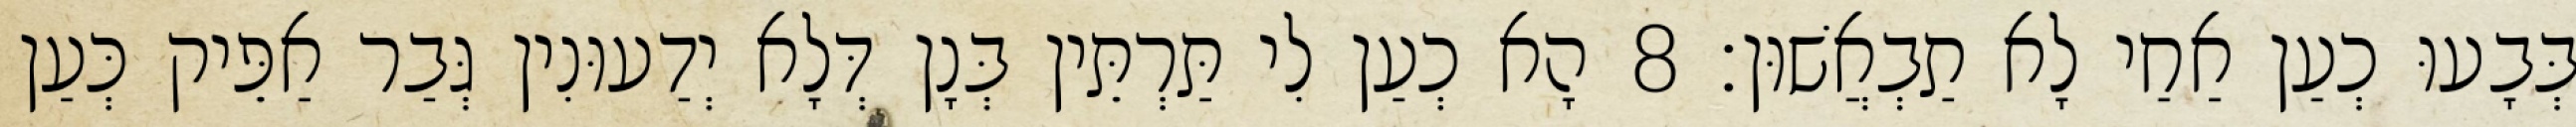
בְּבָעוּ כְעַן אַחַי לָא תַבְאֲשׁוּן׃ 8 הָא כְעַן לִי תַּרְתֵּין בְּנָן דְּלָא יְדַעוּנִין גְּבַר אַפֵּיק כְּעַן